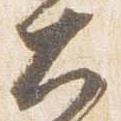
大